Sanitation, dispensaries and jails vaccination Rajputana 1922-1927 - 1922-1927
Year: 1922
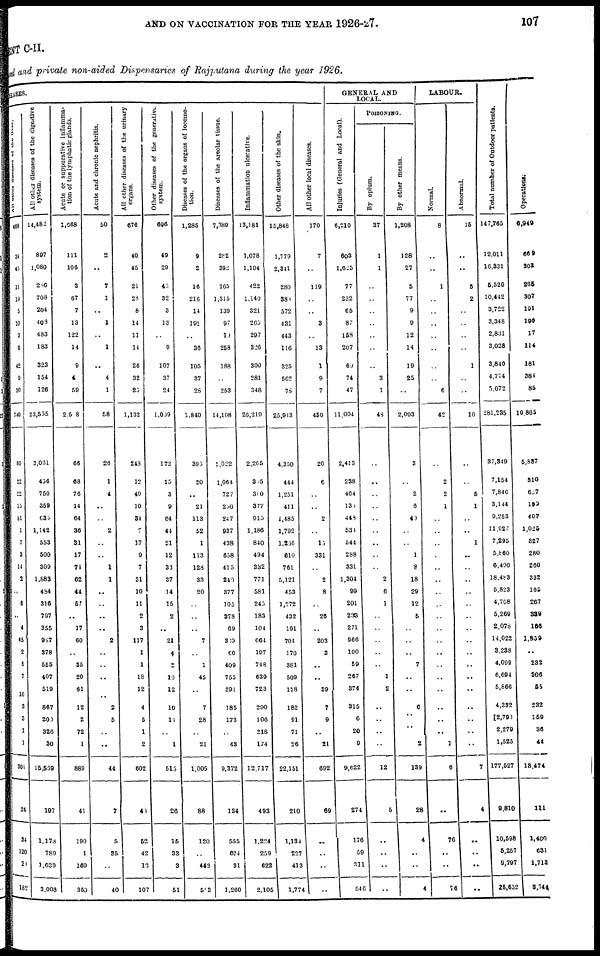
AND ON VACCINATION FOR THE YEAR 1926-27.
107
MENT C-II.
fund and private non-aided Dispensaries of Rajputana during the year 1926.
CASES.
All other diseases of the liver.
468
34
45
11
19
5
10
3
6
42
9
30
740
80
22
22
15
51
1
7
3
14
2
..
6
..
4
45
2
5
7
10
3
3
1
1
304
24
34
120
23
182
All other diseases of the digestive
system.
14,482
897
1,080
286
708
204
408
483
183
323
154
126
23,555
3,061
456
750
359
635
1,142
553
500
309
1,883
484
316
797
355
987
378
555
407
519
867
200
326
30
15,569
197
1,178
789
1,039
3,008
Acute or suppurative inflamma-
tion of the lymphatic glands.
1,668
111
106
3
67
7
13
122
14
9
4
59
2,5 8
66
68
76
14
64
36
31
17
74
62
44
57
..
17
60
..
35
20
61
12
2
72
1
889
41
190
1
169
360
Acute and chronic nephritis.
50
2
..
7
1
..
1
..
1
..
4
1
58
26
1
4
..
..
2
..
..
1
1
..
..
..
..
2
..
..
..
..
2
5
..
..
44
7
5
35
..
40
All
other diseases of the urinary
organs.
676
40
45
21
23
8
14
11
14
20
32
25
1,132
248
12
40
10
34
7
17
9
7
31
10
11
2
3
117
1
1
18
12
4
5
1
2
602
46
52
42
13
107
Other diseases of the generative
system.
696
49
29
45
32
3
13
..
9
107
37
24
1,009
172
15
3
9
64
44
21
12
33
37
14
15
2
..
21
4
2
10
12
10
14
..
1
515
26
15
33
3
51
Diseases of the organs of locomo-
tion.
1,285
9
2
16
216
14
191
..
36
105
37
28
1,840
395
20
..
21
113
52
1
113
128
33
20
..
..
..
7
..
1
45
..
7
28
..
21
1,005
88
120
..
443
503
Diseases of the areolar tissue.
7,389
282
392
165
1,315
139
97
10
258
188
..
253
14,108
1,022
1,064
727
250
247
937
438
658
415
240
377
105
378
69
369
60
409
755
391
185
173
..
43
9,372
134
555
674
31
1,260
Inflammation ulcerative.
13,181
1,078
1,104
422
1,140
321
265
297
326
300
281
348
26,219
2,265
3 5
300
377
915
1,186
840
494
332
771
581
245
183
104
664
197
748
639
723
290
106
218
174
12,717
493
1,224
259
622
2,105
Other diseases of the skin.
15,848
1,779
2,341
280
388
572
431
443
116
325
562
78
25,943
4,350
444
1,251
411
1,485
1,792
1,266
610
761
5,121
453
1,272
432
191
704
170
381
509
178
182
91
71
26
22,151
210
1,134
227
413
1,774
All
other local diseases.
170
7
..
119
..
..
3
..
13
1
9
7
450
20
6
..
..
2
..
15
331
..
2
8
..
26
..
203
3
..
..
39
7
9
..
21
692
69
..
..
..
..
GENERAL AND
LOCAL.
Injuries (General and Local).
6,210
603
1,625
77
232
65
87
153
207
69
74
47
11,004
2,413
238
464
135
448
534
544
288
331
1,304
99
201
233
271
966
100
59
267
374
315
6
20
9
9,622
274
176
59
311
546
POISONING.
By opium.
37
1
1
..
..
..
..
..
..
..
3
1
48
..
..
..
..
..
..
..
..
..
2
6
1
..
..
..
..
..
1
2
..
..
..
..
12
5
..
..
..
..
By other means.
1,208
128
27
5
77
9
9
12
14
19
25
..
2,093
3
..
2
6
40
..
..
1
8
18
29
12
5
..
..
..
7
..
..
6
..
..
2
139
28
4
..
..
4
LABOUR.
Normal.
8
..
..
1
..
..
..
..
..
..
..
6
42
..
2
2
1
..
..
..
..
..
..
..
..
..
..
..
..
..
..
..
..
..
..
1
6
..
76
..
..
76
Abnormal.
15
..
..
5
2
..
..
..
..
1
..
..
10
..
..
5
1
..
..
1
..
..
..
..
..
..
..
..
..
..
..
..
..
..
..
..
7
4
..
..
...
..
Total number of Outdoor patients.
147,765
12,011
16,331
5,529
10,442
3,722
3,348
2,831
3,028
3,840
4,774
5,072
281,235
37,349
7,154
7,846
3,144
9,253
11,927
7,295
5,860
6,490
18,483
5,823
4,768
5,269
2,078
14,022
3,238
4,099
6,694
5,866
4,332
2,793
2,279
1,525
177,527
9,810
10,598
5,257
9,797
26,652
Operations
6,949
669
302
265
307
191
190
17
114
181
384
85
10,865
5,837
310
667
199
407
1,025
327
280
260
332
165
267
339
166
1,859
..
232
306
55
232
159
36
44
13,474
111
1,400
631
1,713
3,744